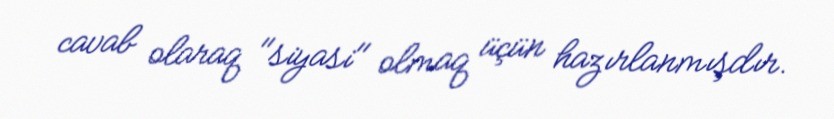
cavab olaraq "siyasi" olmaq üçün hazırlanmışdır.